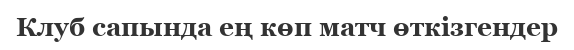
Клуб сапында ең көп матч өткізгендер